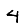
Digit: 4